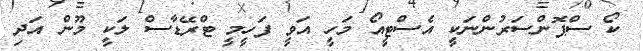
ކޯ ސްޕޮންސަރުންނަކީ އެސްޓީއޯ މަހީ އަވީ ފަހީމީ ޓްރޭޑާސް ލަކީ މޫން އަދި